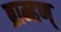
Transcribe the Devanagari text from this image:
ब्राम्हण्